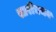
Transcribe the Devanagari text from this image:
स्तरीभजन